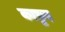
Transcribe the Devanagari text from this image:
काफ़ुए